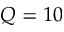
Q = 1 0